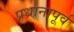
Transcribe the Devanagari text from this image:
प्रधानापूर्व